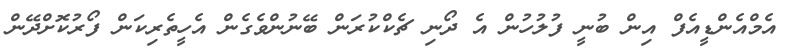
އެމްްއެންޑީއެފް އިން ބުނީ ފުލުހުން އެ ދޯނި ޗެކްކުރަން ބޭނުންވެގެން އެހީތެރިކަން ފޯރުކޮށްދޭން